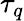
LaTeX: \tau_{q}